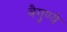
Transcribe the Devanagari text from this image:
वैगुण्ये